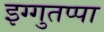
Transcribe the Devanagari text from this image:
इग्गुतप्पा